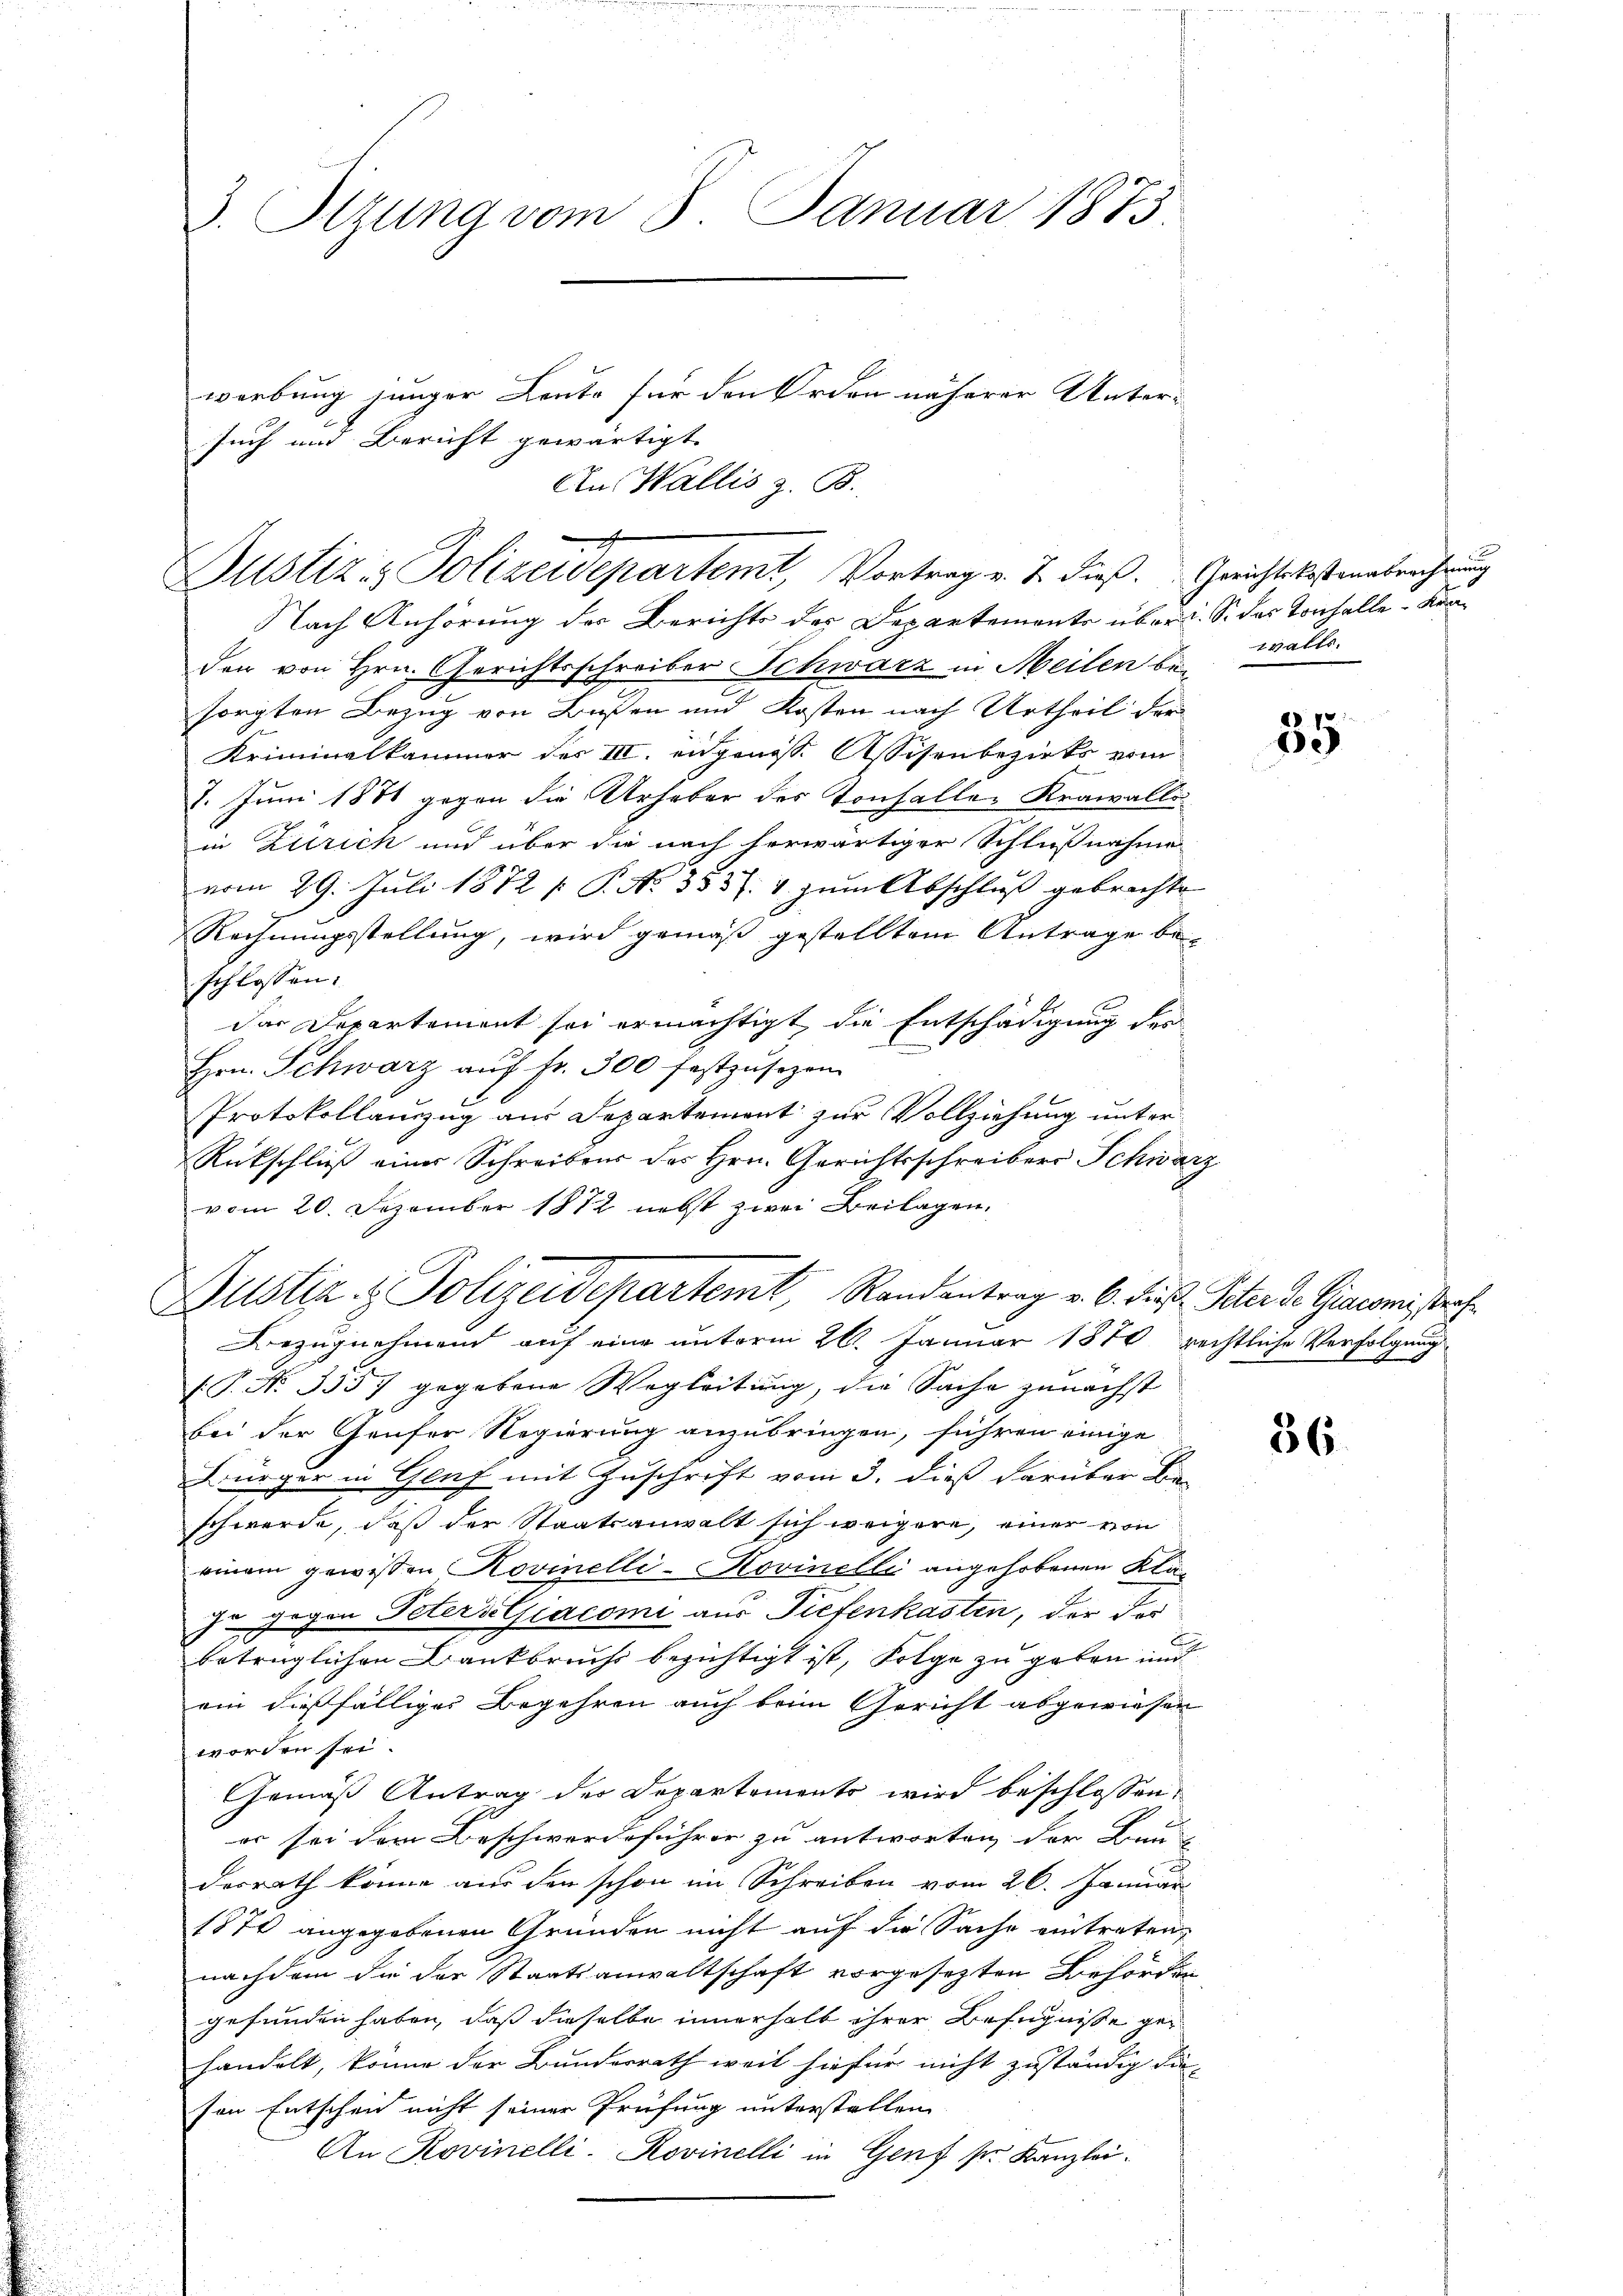
3. Sitzung vom 8. Januar 1873.

J
Justiz & Polizeidepartemt, Vortrag v. J. dieß. Gerichtskostenabrechnung

werbung junger Leute für den Orden näherer Untersuch und Bericht gewärtigt.
An Wallis z. B.

Justiz & Polizeidepartemt, Randentrag v. 6. die

Nach Anhörung des Berichts der Departements über i. S. das Tonhalle - Krader von Hrn. Gerichtsschreiber Schwarz in Meilen besorgten Bezug von Basen und Kosten nach Urtheil der
Kriminalkammer des III. eidgenöss. Assisenbezirks vom
7. Juni 1881 gegen die Urheber des Konfaller Krawalli
in Zürich und über die nach herwärtiger Schlußnahme
vom 29. Juli 1872 / P. No. 353 f. 4 zum Abschluß gebrachte
Rechnungsstellung, wird gemäß gestelltem Antrage be-
schlossen:
das Departement sei ermächtigt, die Entschädigung des
Hrn. Schwarz aŭf fr. 300 festzŭsezen.
Protokollanzug aus Departement zur Vollziehung unter
Rückschluß einer Schreibens des Hrn. Gerichtsschreibers Schwarz
vom 20. Dezember 1872 nebst zwei Beilagen.

walts.

Bezugnehmend auf eine unterm 26. Januar 1870
.P. No. 3357 gegebene Wegleitung, die Sache zunächst
bei der Genfer Regierung anzubringen, führen einige
Bürger in Genf mit Zuschrift vom 3. dieß darüber Be-
schwerde, daß der Staatsanwalt sich weigere, einer von
einem gewissen Rovinelli-Hovinelli angehobenen Klajn gegen Petersalsiacomi aus Tiefenkasten, der der
betrüglichen Dankbruchs bezichtigt ist, Folge zu geben und
ein dießfälliges Begehren auch beim Gericht abgewiesen
worden sei.
Gemäß Antrag der Departements wird beschlossen:
er sei dem Beschwerdeführer zu antworten der Bau
desrath könne aus den schon im Schreiben vom 26. Januar
1870 angegebenen Gründen nicht auf die Sache eintreten,
nachdem die der Staatsanwaltschaft vorgesezten Behörden
gefunden haben, daß dieselbe innerhalb ihrer Befugnisse gehandelt, könne der Bundesrath weil hiefür nicht zuständig die-
son Entscheid nicht seiner Prüfung unterstellen
An Rovinelli, Rovinelli in Genf srr Kanzlei.

35

Peter de Giacomistraf
rechtliche Verfolgung
N J

86.